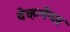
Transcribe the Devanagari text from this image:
वेव्हलेंथ्स